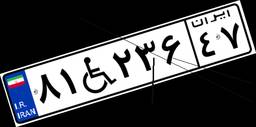
۸۱W۲۳۶۴۷